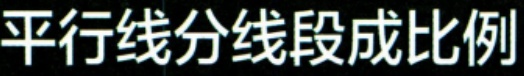
平行线分线段成比例